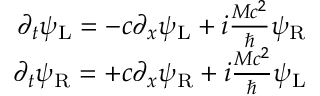
\begin{array} { r } { \partial _ { t } \psi _ { \mathrm { L } } = - c \partial _ { x } \psi _ { \mathrm { L } } + i \frac { M c ^ { 2 } } { \hbar } \psi _ { \mathrm { R } } } \\ { \partial _ { t } \psi _ { \mathrm { R } } = + c \partial _ { x } \psi _ { \mathrm { R } } + i \frac { M c ^ { 2 } } { \hbar } \psi _ { \mathrm { L } } } \end{array}